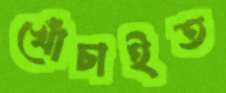
খোঁচাইত